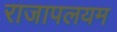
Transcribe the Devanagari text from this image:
राजापलयम